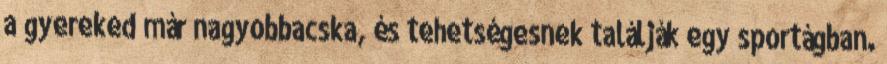
a gyereked már nagyobbacska, és tehetségesnek találják egy sportágban.